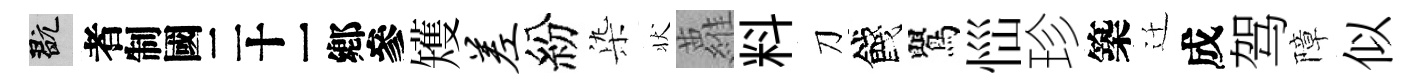
玩识矱差紛𣑱状蘿料刀餞鸎𢙉珍築迁成驾障似